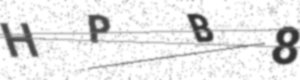
Text: HPB8